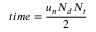
t i m e = { \frac { u _ { n } N _ { d } N _ { t } } { 2 } }